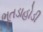
ભૂતડાહોડી